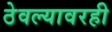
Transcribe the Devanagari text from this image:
ठेवल्यावरही